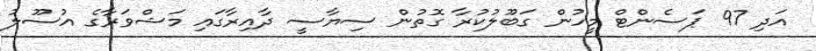
އަދި 97 ޕަސެންޓް މީހުން ގަބޫލުކުރާ ގޮތުން ސިޔާސީ ދާއިރާގައި މަޝްވަރާގެ އުސޫލު